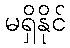
မရှိနိုင်